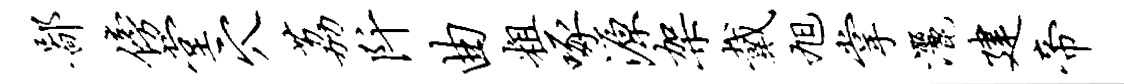
鄙傍堂穴荔阡曲粗啄源架戴旭掌洒建帝